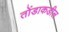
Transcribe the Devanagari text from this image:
तोंडाकडील